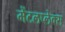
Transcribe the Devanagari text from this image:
मेंटलप्लेक्स